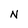
Character: N